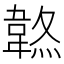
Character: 𩎷